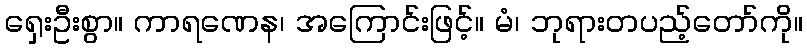
ရှေးဦးစွာ။ ကာရဏေန၊ အကြောင်းဖြင့်။ မံ၊ ဘုရားတပည့်တော်ကို။